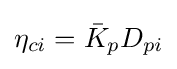
\eta _{ci}={\bar {K}}_{p}D_{pi}